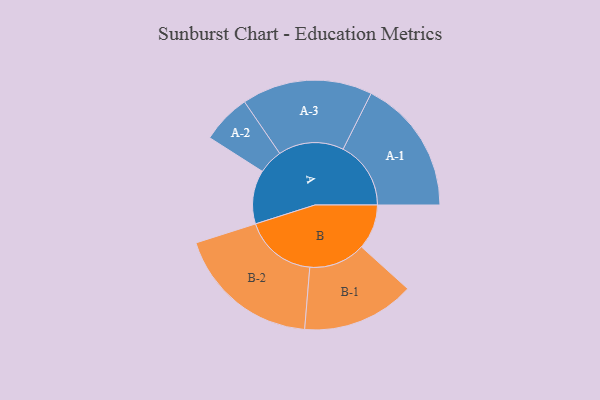
{"axis": {"x": "Segment", "y": "Value"}, "legend": ["", "A", "B"], "data": [{"x": "A", "y": 222, "type": ""}, {"x": "B", "y": 186, "type": ""}, {"x": "A-1", "y": 280, "type": "A"}, {"x": "A-2", "y": 102, "type": "A"}, {"x": "A-3", "y": 270, "type": "A"}, {"x": "B-1", "y": 233, "type": "B"}, {"x": "B-2", "y": 299, "type": "B"}]}